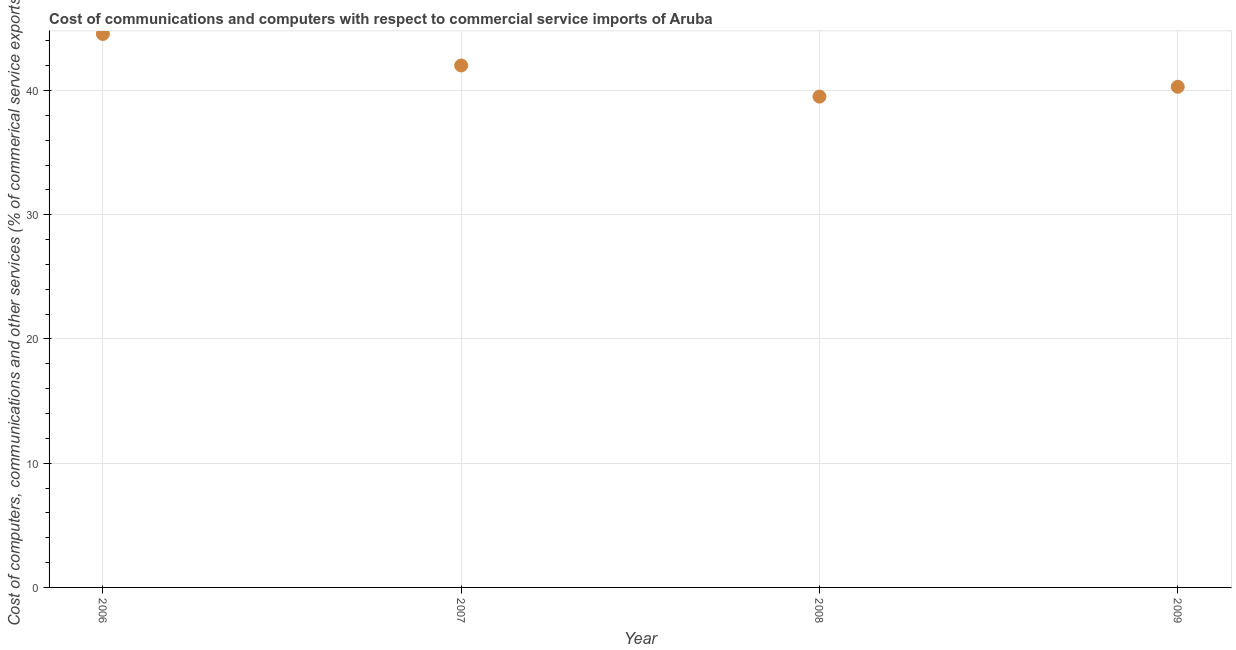
| Year | Computer |
 | --- | --- |
 | 2006 | 44.6 |
 | 2007 | 42 |
 | 2008 | 39.5 |
 | 2009 | 40.3 |